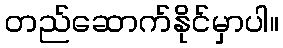
တည်ဆောက်နိုင်မှာပါ။